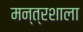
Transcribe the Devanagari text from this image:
मन्त्रशाला